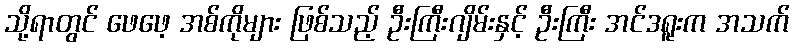
သို့ရာတွင် ဖေဖေ့ အစ်ကိုများ ဖြစ်သည့် ဦးကြီးဂျိမ်းနှင့် ဦးကြီး အင်ဒရူးက အသက်